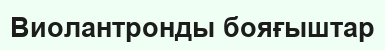
Виолантронды бояғыштар